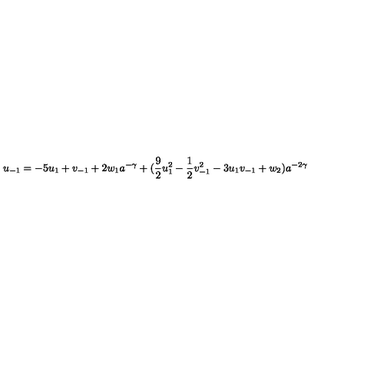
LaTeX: u _ { - 1 } = - 5 u _ { 1 } + v _ { - 1 } + 2 w _ { 1 } a ^ { - \gamma } + ( \mathrm { \frac { 9 } { 2 } } u _ { 1 } ^ { 2 } - \mathrm { \frac { 1 } { 2 } } v _ { - 1 } ^ { 2 } - 3 u _ { 1 } v _ { - 1 } + w _ { 2 } ) a ^ { - 2 \gamma }